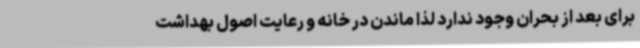
برای بعد از بحران وجود ندارد لذا ماندن در خانه و رعایت اصول بهداشت